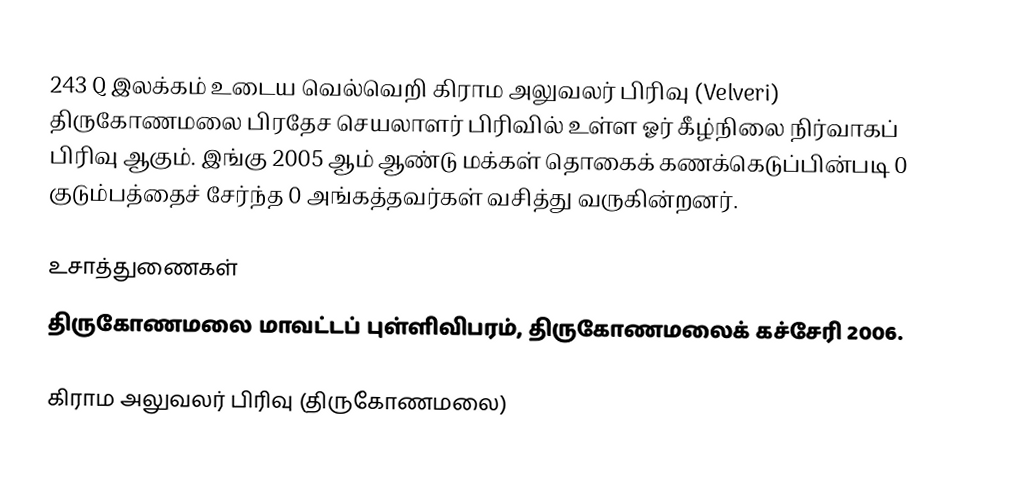
243 Q இலக்கம்  உடைய வெல்வெறி கிராம அலுவலர் பிரிவு  (Velveri) திருகோணமலை பிரதேச செயலாளர் பிரிவில் உள்ள ஓர் கீழ்நிலை நிர்வாகப் பிரிவு ஆகும். இங்கு 2005 ஆம் ஆண்டு மக்கள் தொகைக் கணக்கெடுப்பின்படி 0 குடும்பத்தைச் சேர்ந்த 0 அங்கத்தவர்கள் வசித்து வருகின்றனர்.

உசாத்துணைகள்
திருகோணமலை மாவட்டப் புள்ளிவிபரம், திருகோணமலைக் கச்சேரி 2006.

கிராம அலுவலர் பிரிவு (திருகோணமலை)